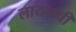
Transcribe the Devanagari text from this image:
लायनची